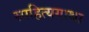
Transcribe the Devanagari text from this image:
साहित्यगाथा